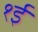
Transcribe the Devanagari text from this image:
१ई